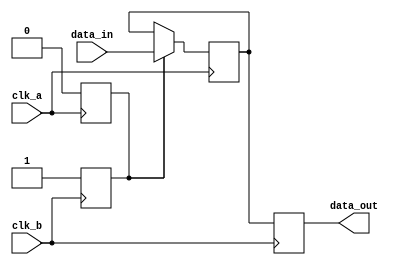
module pulse_synchronizer (
    input wire clk_a,
    input wire clk_b,
    input wire [7:0] data_in,
    output reg [7:0] data_out
);

reg [7:0] synchronized_data;
reg sync_done;

always @(posedge clk_a) begin
    if (sync_done) begin
        synchronized_data <= data_in;
        sync_done <= 0;
    end
end

always @(posedge clk_b) begin
    data_out <= synchronized_data;
    sync_done <= 1;
end

endmodule